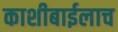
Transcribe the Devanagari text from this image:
काशीबाईलाच